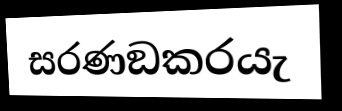
සරණඞකරයැ